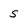
Character: s